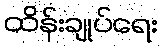
ထိန်းချုပ်ရေး